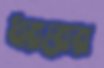
ধররের